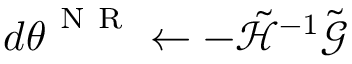
d { \boldsymbol { \theta } } ^ { \mathrm { ~ N ~ R ~ } } \gets - \tilde { \mathcal { H } } ^ { - 1 } \tilde { \boldsymbol { \mathcal { G } } }